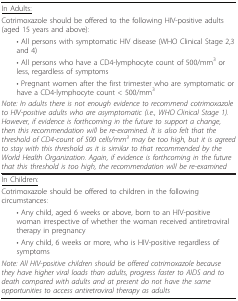
<table><thead><tr><td><b><underline>In Adults:</underline></b></td></tr><tr><td><b>Cotrimoxazole should be offered to the following HIV-positive adults (aged 15 years and above):</b></td></tr><tr><td><b> • All persons with symptomatic HIV disease (WHO Clinical Stage 2,3 and 4)</b></td></tr><tr><td><b> • All persons who have a CD4-lymphocyte count of 500/mm<sup>3 </sup>or less, regardless of symptoms</b></td></tr><tr><td><b> • Pregnant women after the first trimester who are symptomatic or have a CD4-lymphocyte count &lt; 500/mm<sup>3 </sup></b></td></tr><tr><td><b><i>Note: In adults there is not enough evidence to recommend cotrimoxazole to HIV-positive adults who are asymptomatic (i.e., WHO Clinical Stage 1). However, if evidence is forthcoming in the future to support a change, then this recommendation will be re-examined. It is also felt that the threshold of CD4-count of 500 cells/mm<sup>3 </sup>may be too high, but it is agreed to stay with this threshold as it is similar to that recommended by the World Health Organization. Again, if evidence is forthcoming in the future that this threshold is too high, the recommendation will be re-examined</i></b></td></tr></thead><tbody><tr><td><underline>In Children:</underline></td></tr><tr><td>Cotrimoxazole should be offered to children in the following circumstances:</td></tr><tr><td> • Any child, aged 6 weeks or above, born to an HIV-positive woman irrespective of whether the woman received antiretroviral therapy in pregnancy</td></tr><tr><td> • Any child, 6 weeks or more, who is HIV-positive regardless of symptoms</td></tr><tr><td><i>Note: All HIV-positive children should be offered cotrimoxazole because they have higher viral loads than adults, progress faster to AIDS and to death compared with adults and at present do not have the same opportunities to access antiretroviral therapy as adults</i></td></tr></tbody></table>